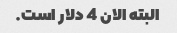
البته الان 4 دلار است.